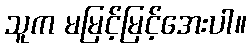
သူက မမြင့်မြင့်အေးပါ။